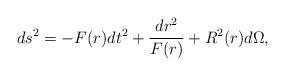
LaTeX: \begin{align*}ds^2 = -F(r) dt^2 + {dr^2 \over F(r)} + R^2(r)d\Omega,\end{align*}